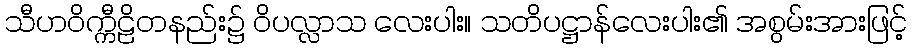
သီဟဝိက္ကီဠိတနည်း၌ ဝိပလ္လာသ လေးပါး။ သတိပဋ္ဌာန်လေးပါး၏ အစွမ်းအားဖြင့်